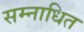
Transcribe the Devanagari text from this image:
सम्नाधित